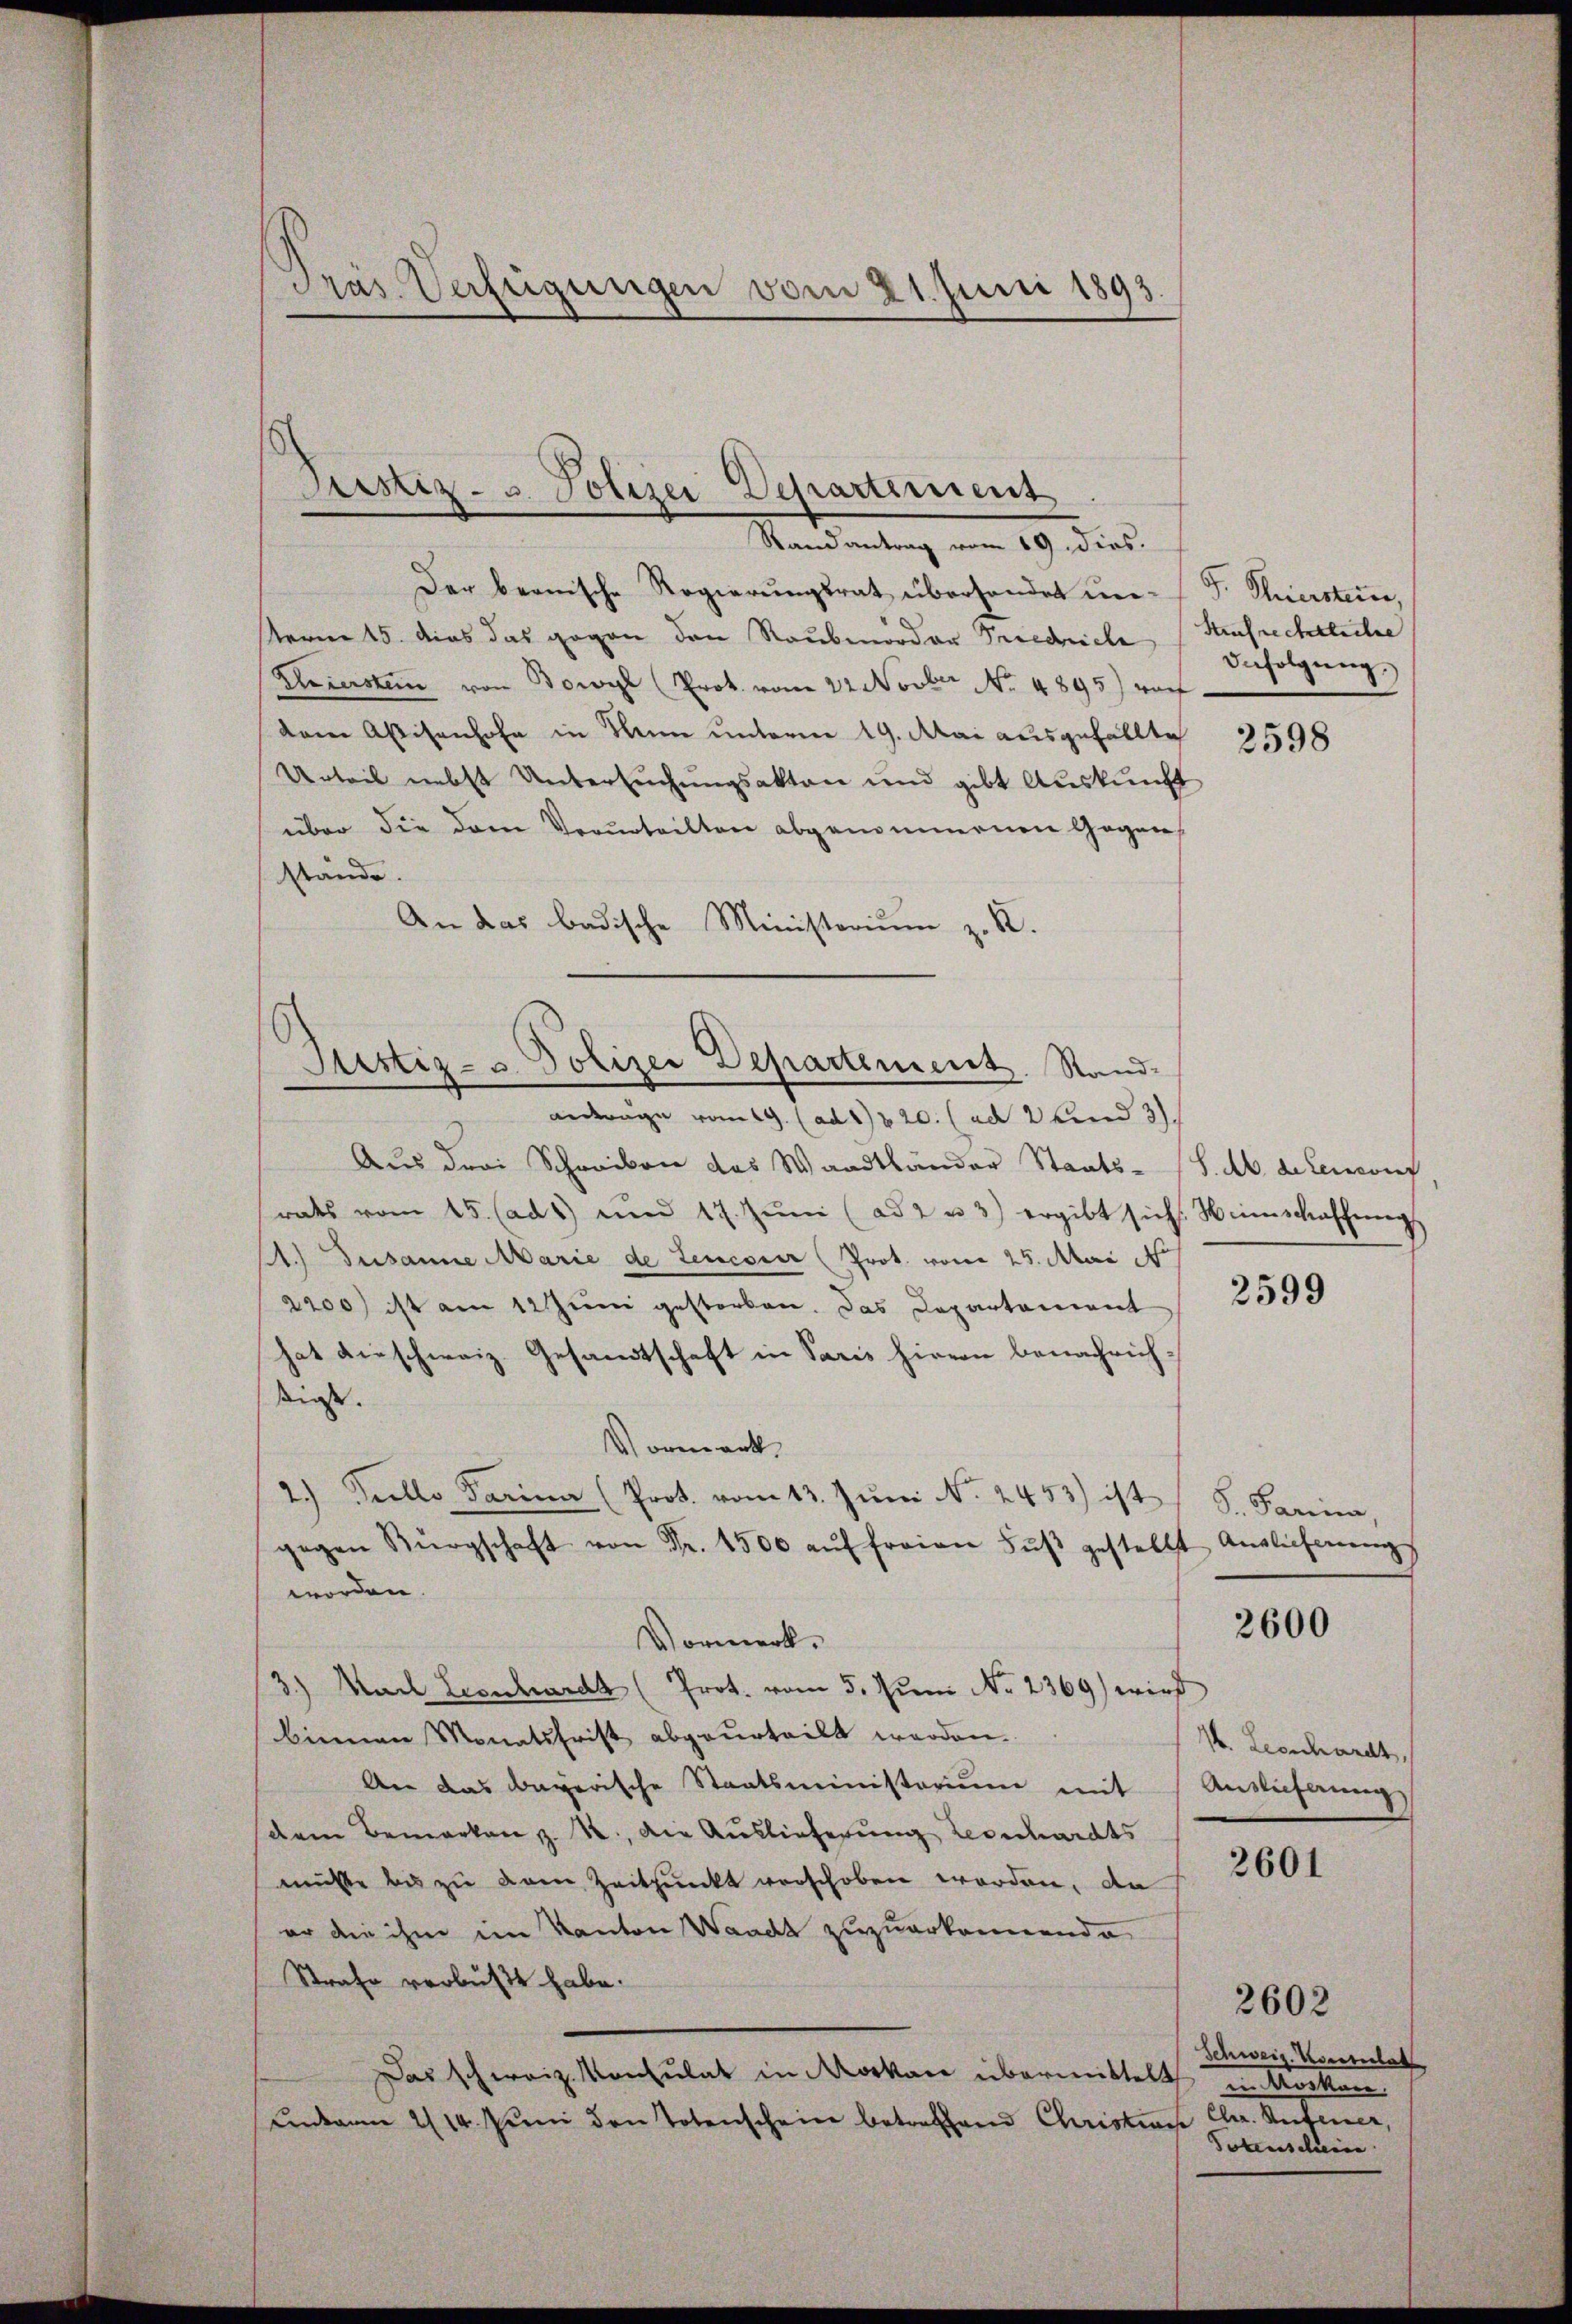
Der beanische Regierungsrat überhandet un-G. Thierstein,
sterm 15. dies das gegen den Raubmorden Priedriche Strafrechtliche
Priestein von Dowyl Prot. vom 22. Novber No. 4895) vorf
dem Abisanhofe in Meine unterm 19. Mai ausgefällte
Urteil nebst Untersuchungsakten und gibt Auskunft
über die dem Verurteilten abgenommenen Gegenstände.
An das badische Ministerium z. R.

Dras Verfügungen vom 21. Juni 1893.

Justiz- u. Polizei Departement
Randantrag vom 19. dies.

Justiz- & Polizei Departement. Stand¬

anderäge vom 19. (ad 1820. (ad 2 und 3)
Aus drei Schreiben das Waadtländer Staats-
rats vom 15. (ads und 17. Jŭni (ad 2 u 3) ergibt sich Heimschaffung
A. Susanne Marie de tenesier (Prot. vom 25. Mai 1
2200) ist am 12 Juni gestorben. Das Departement
hat dieschweiz. Gesandtschaft in Paris hievon benachrichkiest.
Vormerk
2.) Teelle Parina (Prot. vom 13. Juni N. 2453) ist
gegen Bürgschaft von Fr. 1500 aŭf freien Fŭβ gestellt Anglicherŭng
worden.
Vormerk¬
3.) Nach Leonhardt (Prot. vom 5. Juni No 2369) wird
binnen Monatsfrist abgeurteilt werden.
An das Bayerische Staatsministerium mit
dem Bemerken z. B., die Auslieferung zerschardts
müßte bis zu dem Zeitpunkt verschoben worden, da
er die ihm im Kanton Waadt zuzuerkennende
Strafe verbüßt habe.
Das schweiz. Konsulat in Moskau übermittelt in Rocken.
Antan 2/14. Juni den Totenschein betreffend Christian

Infolgung.

2598

S. Ab. Lebeworf

2599

S. Parina,

2600

1. Leonhardt,
Auslieferung

2601

Schweiz. Konsulat
Chr. Aufener,
Potenschein

2602